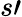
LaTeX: s\prime